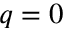
q = 0